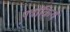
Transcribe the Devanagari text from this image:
पत्रोंकिये